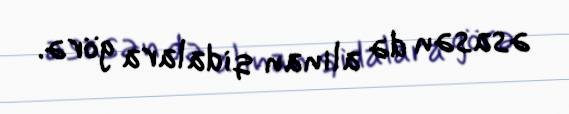
əsasən də alınan qidalara görə.